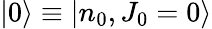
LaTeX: |0\rangle\equiv|n_{0},J_{0}=0\rangle